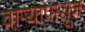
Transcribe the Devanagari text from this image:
वार्‍यापासून